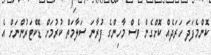
ކޮންމެފަދަ ހަރަދެއް ކޮށްގެން ވެސް މާހިންގެ ފުރާނަ ސަލާމަތް ކުރުމަށް ޑޮކްޓަރުންނަށް އެ